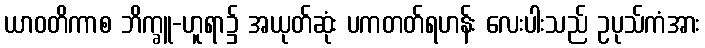
ယာဝတိကာစ ဘိက္ခူ-ဟူရာ၌ အယုတ်ဆုံး ပကတတ်ရဟန်း လေးပါးသည် ဥပုသ်ကံအား